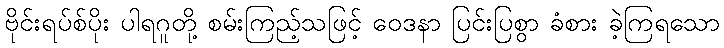
ဗိုင်းရပ်စ်ပိုး ပါရဂူတို့ စမ်းကြည့်သဖြင့် ဝေဒနာ ပြင်းပြစွာ ခံစား ခဲ့ကြရသော